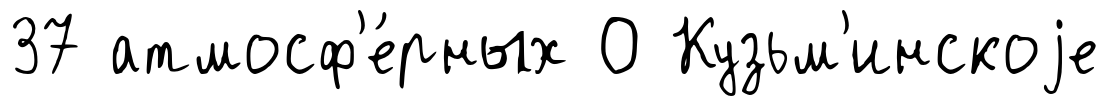
37 атмосф'е́рных О Кузьм'инскоjе